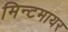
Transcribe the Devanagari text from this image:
मिन्टमायर